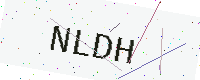
Text: NLDH